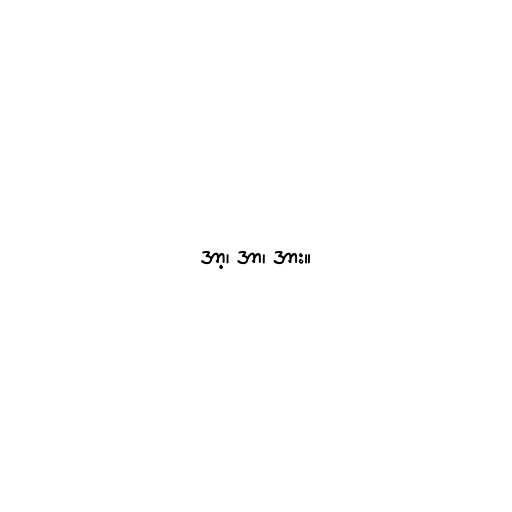
အာ့၊ အာ၊ အား။